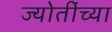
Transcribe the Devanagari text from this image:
ज्योतींच्या